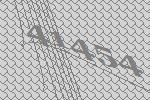
41454